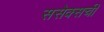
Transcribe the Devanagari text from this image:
ससेक्सची